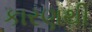
કારણથી